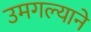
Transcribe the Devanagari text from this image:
उमगल्याने